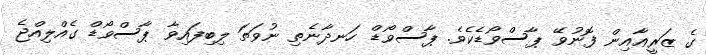
ގެ ޒަރީޢާއިން ފޮނުވޭ ޕާސްވޯޑެކެވެ. ޕާސްވޯޑް ހަނދާނެތި ނުވަތަ ލިބިފައިވާ ޕާސްވޯޑް ގެއްލިއްޖެ